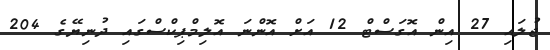
ޖުލައި 27 އިން އޮގަސްޓް 12 އަށް އޮންނަ އޮލިމްޕިކްސްގައި ދުނިޔޭގެ 204